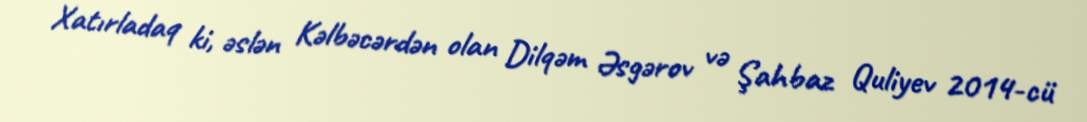
Xatırladaq ki, əslən Kəlbəcərdən olan Dilqəm Əsgərov və Şahbaz Quliyev 2014-cü